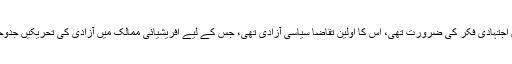
اس کے لیے جس اجتہادی فکر کی ضرورت تھی، اس کا اولین تقاضا سیاسی آزادی تھی، جس کے لیے افریشیائی ممالک میں آزادی کی تحریکیں جدوجہد کر رہی تھیں۔